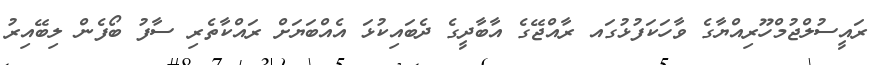
ރައީސުލްޖުމްހޫރިއްޔާގެ ވާހަކަފުޅުގައ ރާއްޖޭގެ އާބާދީގެ ދެބައިކުޅަ އެއްބަޔަށް ރައްކާތެރި ސާފު ބޯފެން ލިބޭއިރު